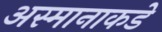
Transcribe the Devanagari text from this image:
अस्मानाकडे